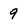
Character: 9